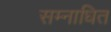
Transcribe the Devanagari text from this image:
सम्नाधित